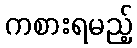
ကစားရမည့်